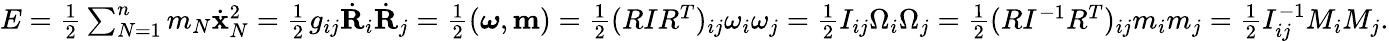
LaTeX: \begin{array}{r}{E=\frac 12\sum_{N=1}^{n}m_{N}\dot{\mathbf x}_{N}^{2}=\frac 12g_{ij}\dot{\mathbf R}_{i}\dot{\mathbf R}_{j}=\frac 12({\boldsymbol\omega},{\mathbf m})=\frac 12(RIR^{T})_{ij}\omega_{i}\omega_{j}=\frac 12I_{ij}\Omega_{i}\Omega_{j}=\frac 12(RI^{-1}R^{T})_{ij}m_{i}m_{j}=\frac 12I_{ij}^{-1}M_{i}M_{j}.}\end{array}